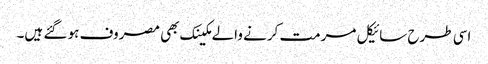
اسی طرح سائیکل مرمت کرنے والے مکینک بھی مصروف ہو گئے ہیں۔